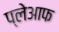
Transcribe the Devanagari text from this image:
प्लेआफ